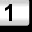
Digit: 1